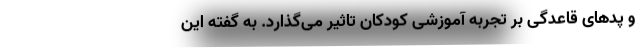
و پدهای قاعدگی بر تجربه آموزشی کودکان تاثیر می‌گذارد. به گفته این